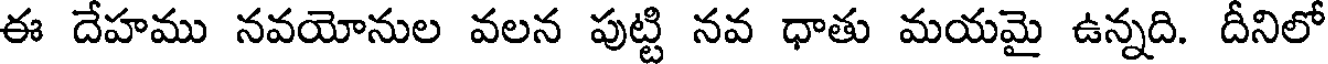
ఈ దేహము నవయోనుల వలన పుట్టి నవ ధాతు మయమై ఉన్నది. దీనిలో